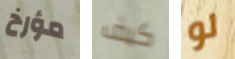
مؤرخ كيف لو